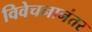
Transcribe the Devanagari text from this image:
विवेचनानंतर